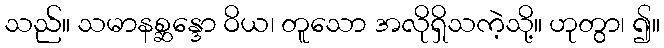
သည်။ သမာနစ္ဆန္ဒော ဝိယ၊ တူသော အလိုရှိသကဲ့သို့။ ဟုတွာ၊ ၍။